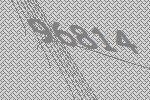
96814